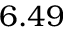
6 . 4 9